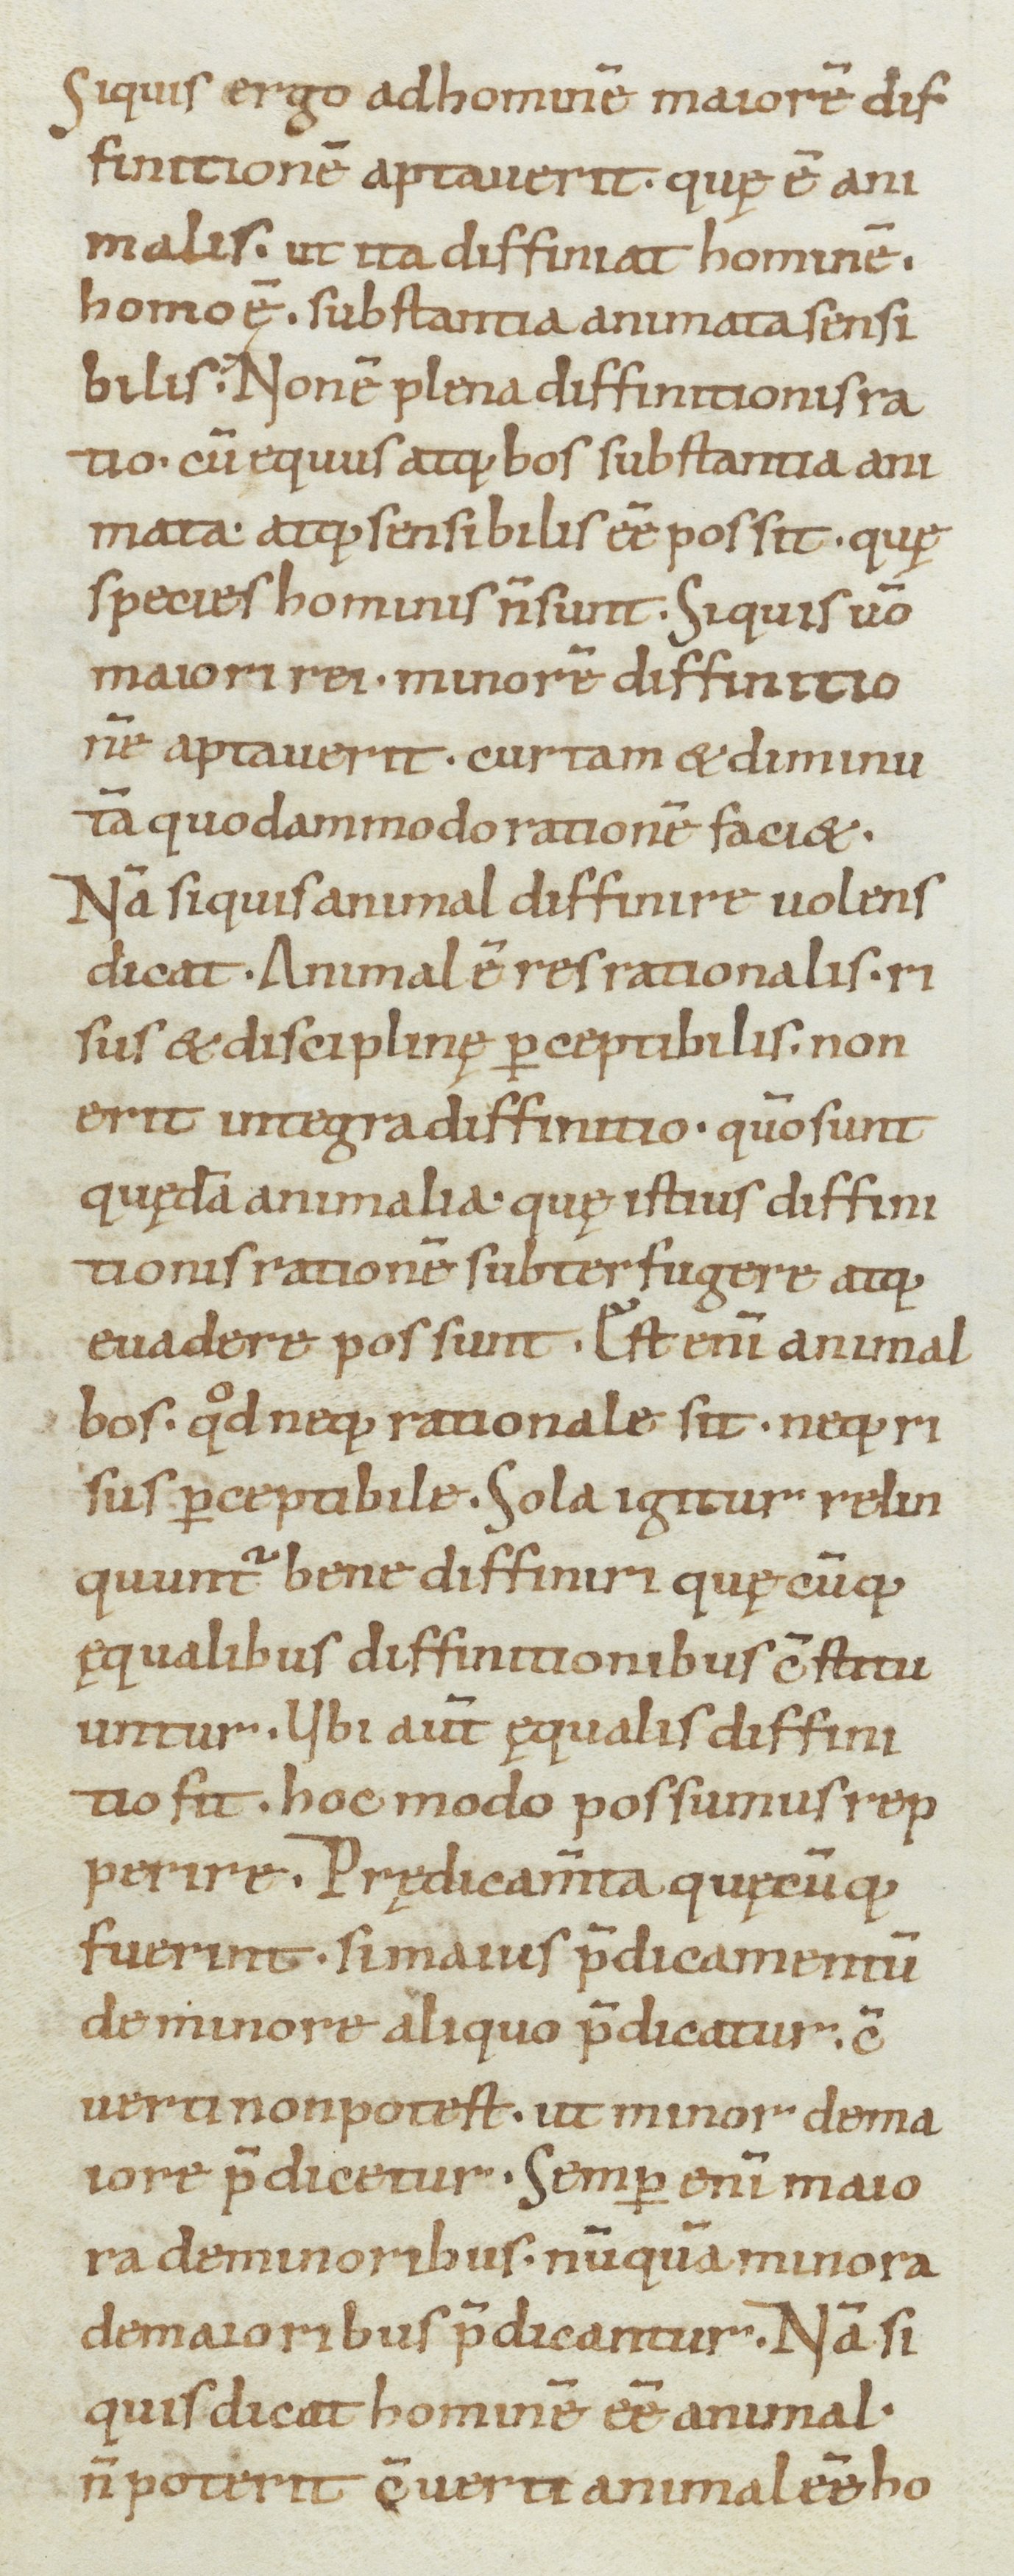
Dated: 1000–1099